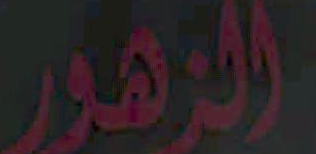
الزهور